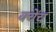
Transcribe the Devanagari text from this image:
क्वेंच